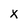
Character: x